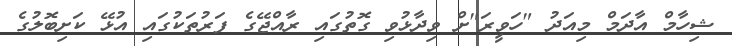
ޝިހާމް އާދަމް މިއަދު "ހަވީރަ"ށް ވިދާޅުވި ގޮތުގައި ރާއްޖޭގެ ފަރުތަކުގައި އުޅޭ ކަށިބޮލުގެ